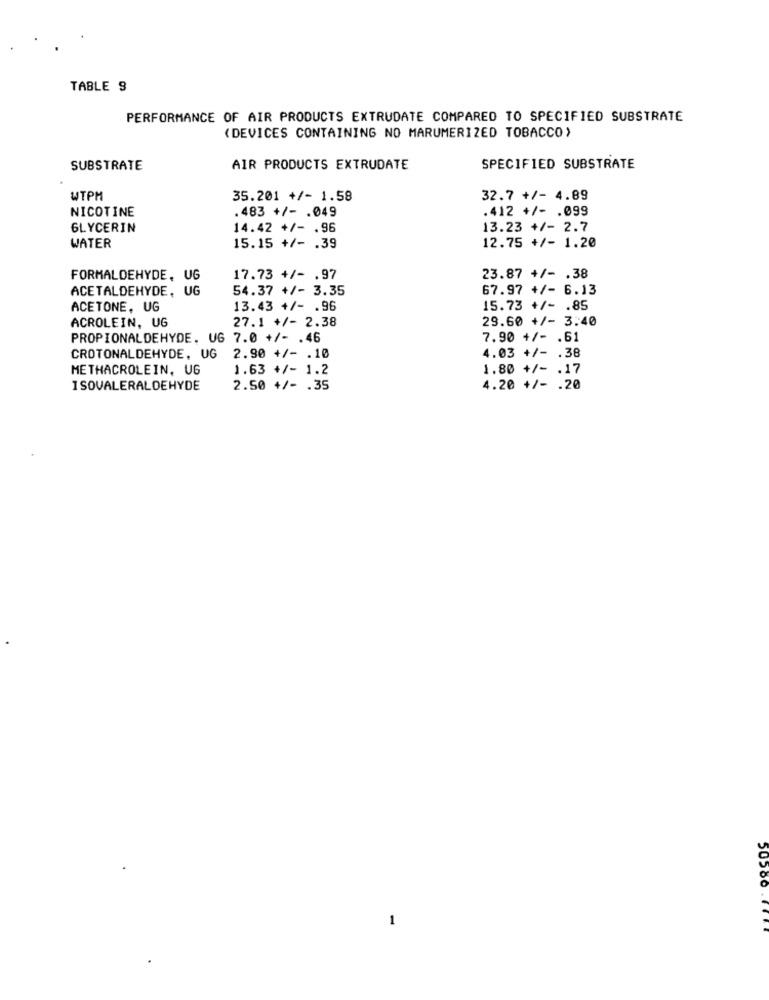
TABLE 9
PERFORMANCE OF AIR PRODUCTS EXTRUDATE COMPARED TO SPECIFIED SUBSTRATE
(DEVICES CONTAINING NO MARUMERIZED TOBACCO)
SUBSTRATE
AIR PRODUCTS EXTRUDATE
SPECIFIED SUBSTRATE
WTPM
35.201 +/- 1.58
32.7 +/- 4.89
NICOTINE
. 483 +/- . 049
.412 +/- . 099
GLYCERIN
14.42 +/- . 96
13.23 +/- 2.7
WATER
15.15 +/- . 39
12.75 +/- 1.20
FORMALDEHYDE, UG
17.73 +/- . 97
23.87 +/- . 38
ACETALDEHYDE, UG
54.37 +/- 3.35
67.97 +/- 6.13
ACETONE, UG
13.43 +/- . 96
15.73 +/- . 85
ACROLEIN, UG
27.1 +/- 2.38
29.60 +/- 3.40
PROPIONALDEHYDE. UG 7.0 +/- . 46
7.90 +/- . 61
CROTONALDEHYDE. UG
2.90 +/- . 10
4.03 +/- . 38
METHACROLEIN, UG
1.63 +/- 1.2
1.80 +/- . 17
I SOVALERALDEHYDE
2.50 +/- . 35
4.20 +/- . 20